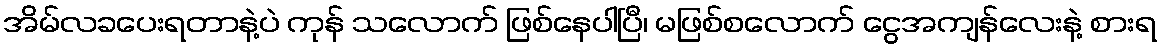
အိမ်လခပေးရတာနဲ့ပဲ ကုန် သလောက် ဖြစ်နေပါပြီ၊ မဖြစ်စလောက် ငွေအကျန်လေးနဲ့ စားရ